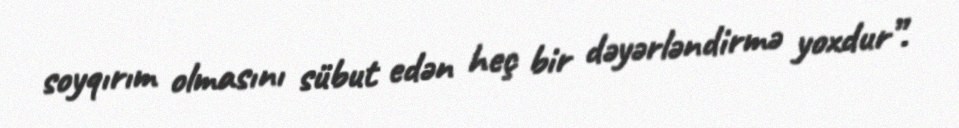
soyqırım olmasını sübut edən heç bir dəyərləndirmə yoxdur”.